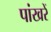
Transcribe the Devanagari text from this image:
पांखरें